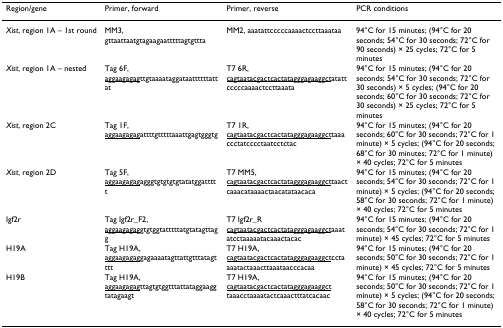
<table><thead><tr><td><b>Region/gene</b></td><td><b>Primer, forward</b></td><td><b>Primer, reverse</b></td><td><b>PCR conditions</b></td></tr></thead><tbody><tr><td><i>Xist</i>, region 1A – 1st round</td><td>MM3, gttaattaatgtagaagaatttttagtgttta</td><td>MM2, aaatattcccccaaaactccttaaataa</td><td>94°C for 15 minutes; (94°C for 20 seconds; 54°C for 30 seconds; 72°C for 90 seconds) × 25 cycles; 72°C for 5 minutes</td></tr><tr><td><i>Xist</i>, region 1A – nested</td><td>Tag 6F, <underline>aggaagagag</underline>ttgtaaaataggataattttttattat</td><td>T7 6R, <underline>cagtaatacgactcactatagggagaaggct</underline>atattcccccaaaactccttaaata</td><td>94°C for 15 minutes; (94°C for 20 seconds; 54°C for 30 seconds; 72°C for 30 seconds) × 5 cycles; (94°C for 20 seconds; 60°C for 30 seconds; 72°C for 30 seconds) × 25 cycles; 72°C for 5 minutes</td></tr><tr><td><i>Xist</i>, region 2C</td><td>Tag 1F, <underline>aggaagagag</underline>attttgtttttaaattgagtgggtg</td><td>T7 1R, <underline>cagtaatacgactcactatagggagaaggct</underline>taaaccctatcccctaatcctctac</td><td>94°C for 15 minutes; (94°C for 20 seconds; 60°C for 30 seconds; 72°C for 1 minute) × 5 cycles; (94°C for 20 seconds; 68°C for 30 minutes; 72°C for 1 minute) × 40 cycles; 72°C for 5 minutes</td></tr><tr><td><i>Xist</i>, region 2D</td><td>Tag 5F, <underline>aggaagagag</underline>agggtgtgtgtgtatatggattttt</td><td>T7 MM5, <underline>cagtaatacgactcactatagggagaaggct</underline>taactcaaacataaaactaacatataacaca</td><td>94°C for 15 minutes; (94°C for 20 seconds; 54°C for 30 seconds; 72°C for 1 minute) × 5 cycles; (94°C for 20 seconds; 58°C for 30 seconds; 72°C for 1 minute) × 40 cycles; 72°C for 5 minutes</td></tr><tr><td>Igf2r</td><td>Tag Igf2r_F2, <underline>aggaagagag</underline>gtgtggtatttttatgtatagttagg</td><td>T7 Igf2r_R <underline>cagtaatacgactcactatagggagaaggct</underline>aaatatcctaaaaatacaaactacac</td><td>94°C for 15 minutes; (94°C for 20 seconds; 54°C for 30 seconds; 72°C for 1 minute) × 45 cycles; 72°C for 5 minutes</td></tr><tr><td>H19A</td><td>Tag H19A, <underline>aggaagagag</underline>gagaaaatagttattgtttatagtttt</td><td>T7 H19A, <underline>cagtaatacgactcactatagggagaaggct</underline>cctaaaatactaaacttaaataacccacaa</td><td>94°C for 15 minutes; (94°C for 20 seconds; 50°C for 30 seconds; 72°C for 1 minute) × 45 cycles; 72°C for 5 minutes</td></tr><tr><td>H19B</td><td>Tag H19A, <underline>aggaagagag</underline>ttagtgtggtttattataggaaggtatagaagt</td><td>T7 H19A, <underline>cagtaatacgactcactatagggagaaggct</underline> taaacctaaaatactcaaactttatcacaac</td><td>94°C for 15 minutes; (94°C for 20 seconds; 50°C for 30 seconds; 72°C for 1 minute) × 5 cycles; (94°C for 20 seconds; 58°C for 30 seconds; 72°C for 1 minute) × 40 cycles; 72°C for 5 minutes</td></tr></tbody></table>